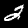
Label: 2